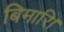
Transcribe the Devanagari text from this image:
बिमारि।